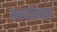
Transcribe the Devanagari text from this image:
नकदीप्रवाह